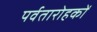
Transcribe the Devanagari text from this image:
पर्वतारोहकों